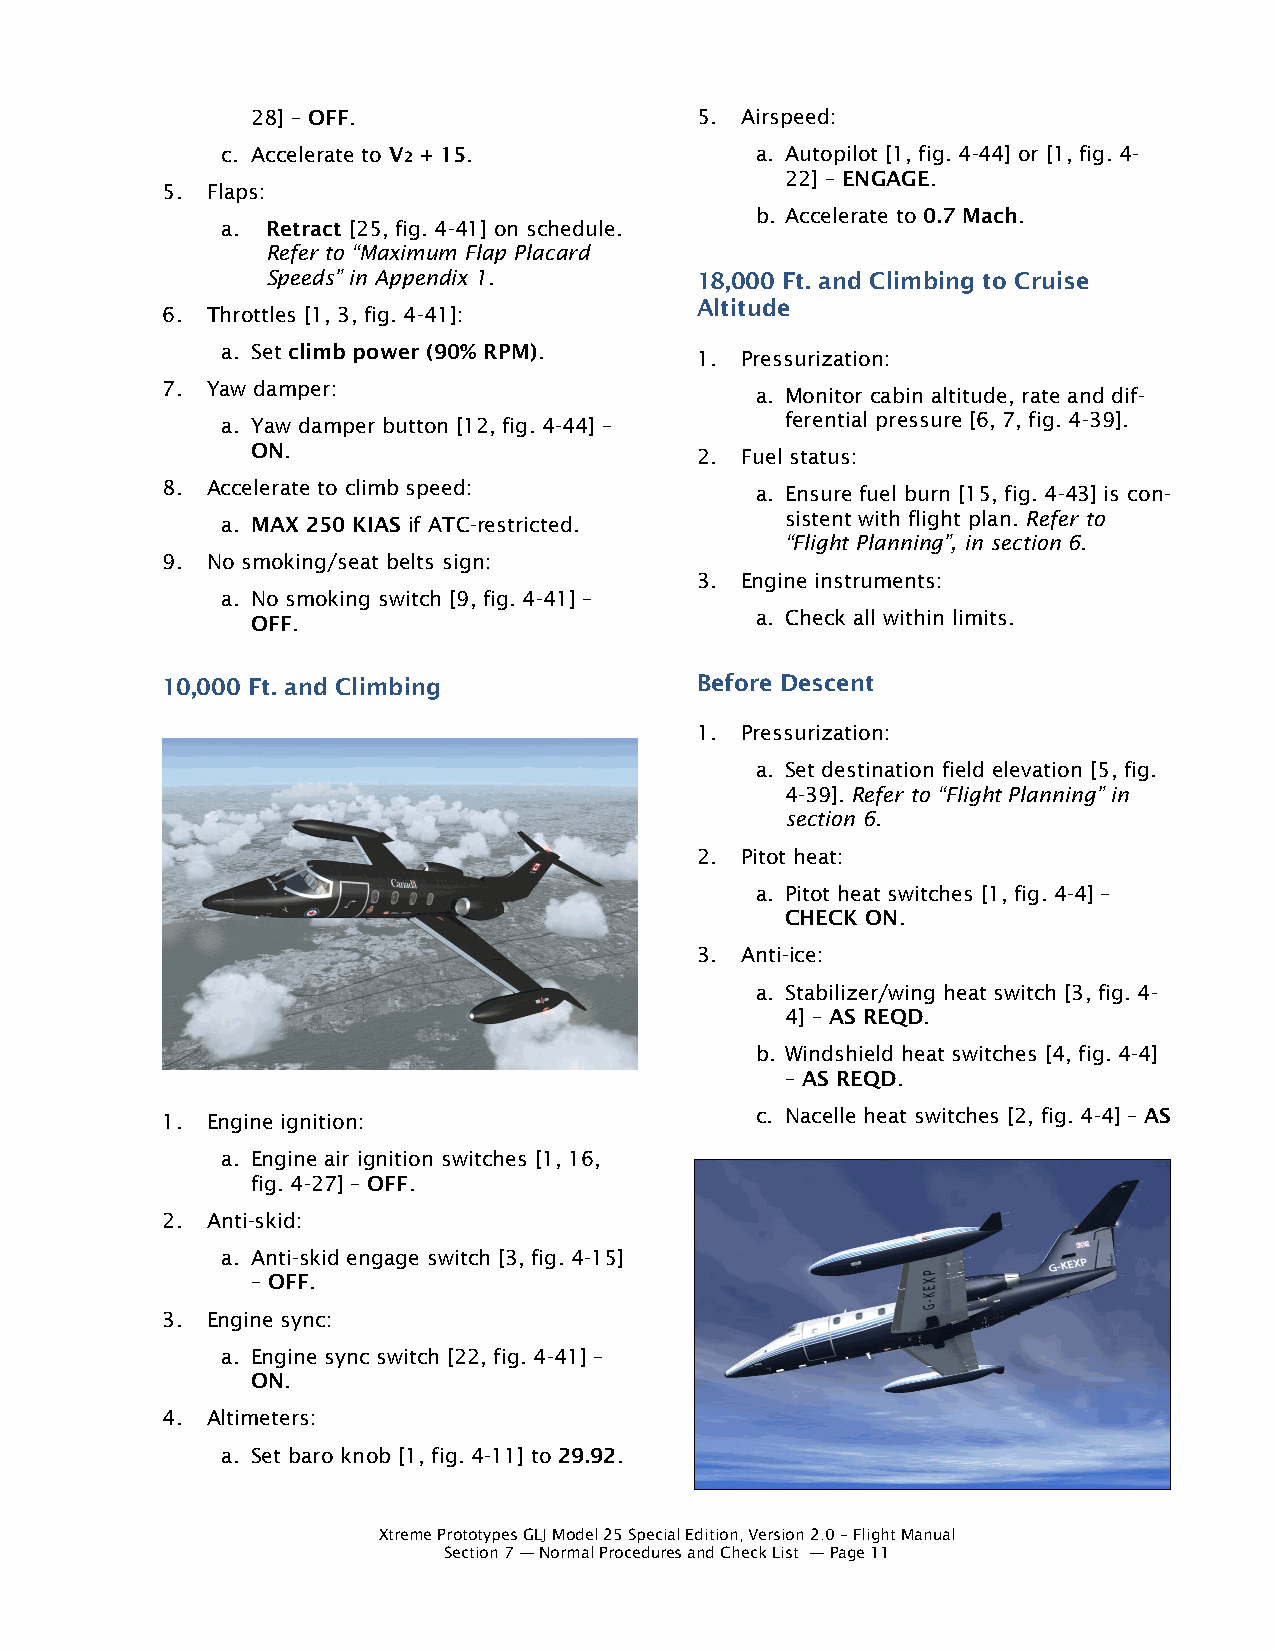
28] – OFF.                   5. Airspeed:
 c. Accelerate to V2 + 15.          a. Autopilot [1, fig. 4-44] or [1, fig. 4-
 22] – ENGAGE.
 5. Flaps:
 b. Accelerate to 0.7 Mach.
 a. Retract [25, fig. 4-41] on schedule.
 Refer to “Maximum Flap Placard
 Speeds” in Appendix 1.      18,000 Ft. and Climbing to Cruise
 Altitude
 6. Throttles [1, 3, fig. 4-41]:
 a. Set climb power (90% RPM).
 1. Pressurization:
 7. Yaw damper:
 a. Monitor cabin altitude, rate and dif-
 a. Yaw damper button [12, fig. 4-44] – ferential pressure [6, 7, fig. 4-39].
 ON.                          2. Fuel status:
 8. Accelerate to climb speed:          a. Ensure fuel burn [15, fig. 4-43] is con-
 sistent with flight plan. Refer to
 a. MAX 250 KIAS if ATC-restricted.
 “Flight Planning”, in section 6.
 9. No smoking/seat belts sign:
 3. Engine instruments:
 a. No smoking switch [9, fig. 4-41] –
 a. Check all within limits.
 OFF.
 10,000 Ft. and Climbing            Before Descent
 1. Pressurization:
 a. Set destination field elevation [5, fig.
 4-39]. Refer to “Flight Planning” in
 section 6.
 2. Pitot heat:
 a. Pitot heat switches [1, fig. 4-4] –
 CHECK ON.
 3. Anti-ice:
 a. Stabilizer/wing heat switch [3, fig. 4-
 4] – AS REQD.
 b. Windshield heat switches [4, fig. 4-4]
 – AS REQD.
 1. Engine ignition:                    c. Nacelle heat switches [2, fig. 4-4] – AS
 a. Engine air ignition switches [1, 16,
 fig. 4-27] – OFF.
 2. Anti-skid:
 a. Anti-skid engage switch [3, fig. 4-15]
 – OFF.
 3. Engine sync:
 a. Engine sync switch [22, fig. 4-41] –
 ON.
 4. Altimeters:
 a. Set baro knob [1, fig. 4-11] to 29.92.
 Xtreme Prototypes GLJ Model 25 Special Edition, Version 2.0 – Flight Manual
 Section 7 — Normal Procedures and Check List — Page 11